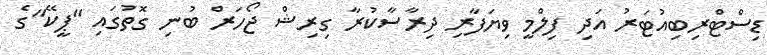
ޑިސްޓްރިބިއުޓަރު އަދި ފިލްމީ ވިޔަފާރި ދިރާސާކުރާ ގިރިޝް ޖޯހަރް ބުނި ގޮތުގައި "ޕީކޭ"ގެ